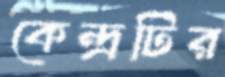
কেন্দ্রটির